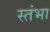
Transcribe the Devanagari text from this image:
स्तंभा